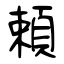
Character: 頼